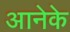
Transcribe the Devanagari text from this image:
आनेके